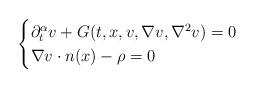
LaTeX: \begin{align*} \begin{cases} \partial_t^\alpha v+G(t,x,v,\nabla v,\nabla^2 v)=0\quad&\\ \nabla v\cdot n(x)-\rho=0\quad& \end{cases}\end{align*}